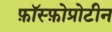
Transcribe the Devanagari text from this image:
फ़ॉस्फ़ोप्रोटीन